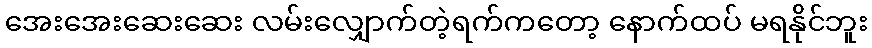
အေးအေးဆေးဆေး လမ်းလျှောက်တဲ့ရက်ကတော့ နောက်ထပ် မရနိုင်ဘူး